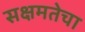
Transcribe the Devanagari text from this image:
सक्षमतेचा